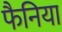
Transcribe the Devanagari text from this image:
फैनिया